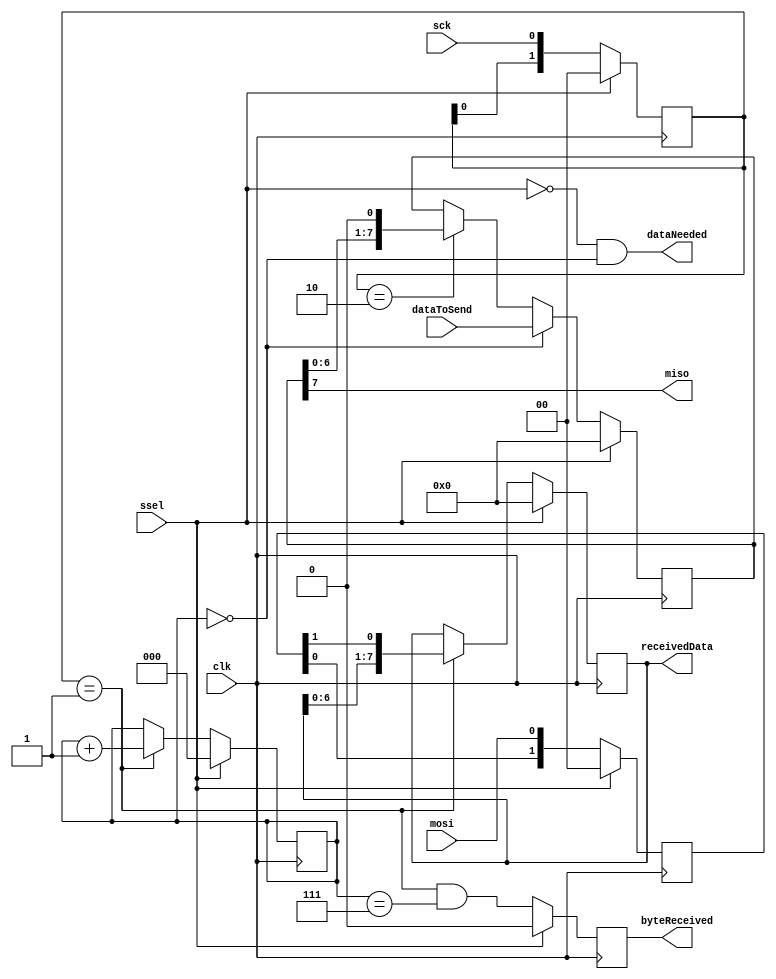


module spi_slave (
    input wire  clk,
    input wire  sck,
    input wire  mosi,
    output wire miso,
    input wire  ssel,
    output reg  byteReceived = 1'b0,
    output reg  [7:0] receivedData,
    output wire dataNeeded,
    input wire  [7:0] dataToSend
);


reg [1:0] r_sck;
reg [1:0] r_mosi;
reg [2:0] r_bitcnt;
reg [7:0] r_dataToSendBuf;

// SPI
always @(posedge clk) begin
    if(ssel)
        r_sck <= 2'b00;
    else
        r_sck <= {r_sck[0], sck};
end

// 
wire w_sck_posedge = (r_sck == 2'b01);
wire w_sck_negedge = (r_sck == 2'b10);

// mosi
always @(posedge clk) begin
    if(ssel)
        r_mosi <= 2'b00;
    else
        r_mosi <= {r_mosi[0], mosi}; // r_mosi
end
wire w_mosi_data = r_mosi[1];

// 
always @(posedge clk) begin
    if(ssel) begin
        r_bitcnt <= 3'd0;
        receivedData <= 8'd0;
    end
    else if(w_sck_posedge) begin// 
        r_bitcnt <= r_bitcnt + 3'b1;
        receivedData <= {receivedData[6:0], w_mosi_data}; // MSB, 8bit7bit0
    end
end

// , 1
always @(posedge clk) begin
    if(ssel)
        byteReceived <= 1'b0;
    else
        byteReceived <= w_sck_posedge && r_bitcnt == 3'b111;
end

// miso
always @(posedge clk) begin
    if(ssel)
        r_dataToSendBuf <= 8'd0;
    else begin
        if(r_bitcnt == 3'd0) 
            r_dataToSendBuf <= dataToSend;
        else
            // 
            // 
            if(w_sck_negedge) 
                r_dataToSendBuf <= {r_dataToSendBuf[6:0], 1'b0}; // 
    end
end

assign dataNeeded = ~ssel && (r_bitcnt == 3'b000); // 
assign miso = r_dataToSendBuf[7]; // MSB

endmodule